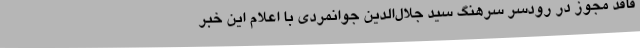
فاقد مجوز در رودسر سرهنگ سید جلال‌الدین جوانمردی با اعلام این خبر